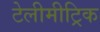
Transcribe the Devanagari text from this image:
टेलीमीट्रिक